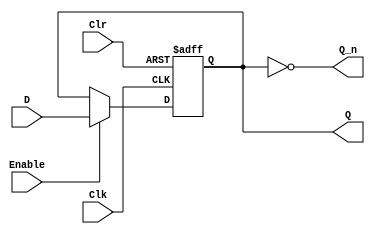
// REGISTER 2 Bits

// Enable activo alto
// Clr activo bajo

module register_2bits(output reg [1:0] Q, output [1:0] Q_n, input [1:0] D, input Clr, Clk, Enable);
	assign Q_n = ~Q;
	initial begin
		Q <= 2'b00;
	end
	always @ (posedge Clk, negedge Clr)
		 if(!Clr) Q <= 2'b00;
		 else if(Enable) Q <= D;
endmodule